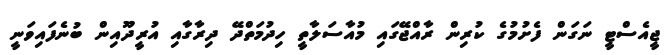
ޖީއެސްޓީ ނަގަން ފެށުމުގެ ކުރިން ރާއްޖޭގައި މުއާސަލާތީ ހިދުމަތްދޭ ދިރާގާއި އުރީދޫއިން ބުނެފައިވަނީ